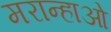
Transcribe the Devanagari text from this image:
मरान्हाओ